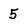
Character: 5